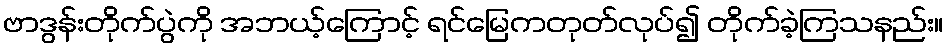
ဗာဒွန်းတိုက်ပွဲကို အဘယ့်ကြောင့် ရင်မြေကတုတ်လုပ်၍ တိုက်ခဲ့ကြသနည်း။